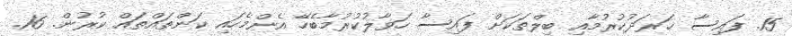
15. ފައިސާ ޚަރަދުކުރުމާއި ބިލްތަކަށް ފައިސާ ހަވާލުކުރުމާބެހޭ އެންމެހައި ކަންތައްތައް ކުރުން. 16.